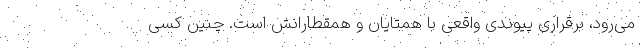
می‌رود، برقراری پیوندی واقعی با همتایان و همقطارانش است. چنین کسی